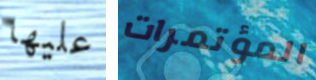
عليها المؤتمرات